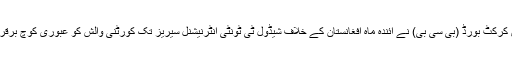
27 مئی2018ء) بنگلہ دیش کرکٹ بورڈ (بی سی بی) نے آئندہ ماہ افغانستان کے خلاف شیڈول ٹی ٹونٹی انٹرنیشنل سیریز تک کورٹنی والش کو عبوری کوچ برقرار رکھنے کا فیصلہ کیا ہے۔